King Institute of Preventive Medicine Micro-Biological Section reports 1912-19
Year: 1912
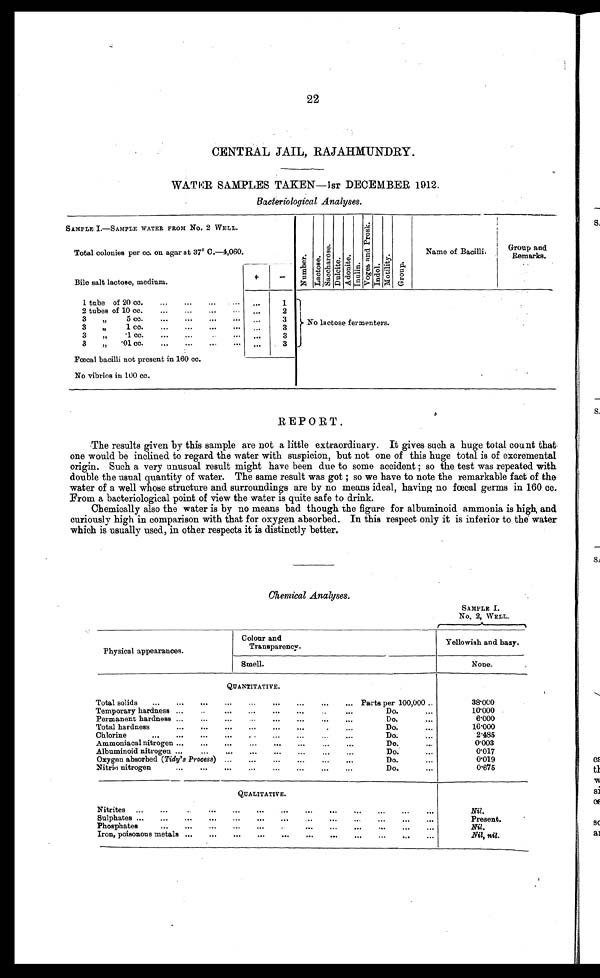
22
CENTRAL JAIL, RAJAHMUNDRY.
WATER SAMPLES TAKEN—1ST DECEMBER 1912.
Bacteriological Analyses.
SAMPLE I.—SAMPLE WATER FROM No. 2 WELL.
Total colonies per cc. on agar at 37° C.—4,060.
Number La c t o s e .
Sa c oha r os e .
Dul ci t e.
Adoni t e. Inulin.
Vo g e s a n d P r o s k .
Indol.
Mot i l i t y. Group.
Name of Bacilli.
G roup and
Remarks.
Bile salt lactose, medium.
+
-
1 tube of 20 cc.
...
...
. . .
1
2 tubes of
10 cc.
...
...
..
...
2
3
"
5 cc.
...
...
...
...
. . .
3
No lactose fermenters.
3
"
1 cc.
...
...
...
...
3
3
"
.1 cc.
. . .
...
...
3
3
"
.01 cc.
...
...
...
...
...
3
Fœcal bacilli not present in 160 cc.
No vibrios in 100 cc.
REPORT.
The results given by this sample are not a little extraordinary. It gives such a huge total count that
one would be inclined to regard the water with suspicion, but not one of this huge total is of excremental
origin. Such a very unusual result might have been due to some accident ; so the test was repeated with
double the usual quantity of water. The same result was got ; so we have to note the remarkable fact of the
water of a well whose structure and surroundings are by no means ideal, having no fœcal germs in 160 cc.
From a bacteriological point of view the water is quite safe to drink.
Chemically also the water is by no means bad though the figure for albuminoid ammonia is high, and
curiously high in comparison with that for oxygen absorbed. In this respect only it is inferior to the water
which is usually used, in other respects it is distinctly better.
Chemical Analyses.
SAMPLE I.
No. 2, WELL.
Physical appearances.
Colour and
Transparency.
Yellowish and hazy.
Smell.
None.
QUANTITATIVE.
Total solids
...
...
...
...
...
...
...
... Parts per 100,000 ..
38.000
Temporary hardness ...
...
...
...
...
...
Do. ...
10.000
Permanent hardness ...
...
...
..
...
...
...
Do. ...
6.000
Total hardness
...
...
...
...
...
.
...
Do. ...
16.000
Chlorine
...
...
...
..
...
...
Do. ...
2.485
Ammoniacal nitrogen ...
...
...
...
...
...
...
Do. ...
0.003
Albuminoid nitrogen ...
...
...
...
...
...
...
..
Do. ...
0.017
Oxygen absorbed ( Tidy's Process) ....••
...
...
...
Do.
0.019
Nitrio nitrogen
...
•••
... • • •
• ..
Do. ...
0.675
Nitrites ...
...
...
...
...
...
...
...
Nil.
Sulphates ...
...
...
...
...
...
...
. . .
Present.
.
Phosphates
...
...
...
...
...
. . .
...
Nil.
Iron, poisonous metals ...
...
...
...
...
...
...
Nil, nil.